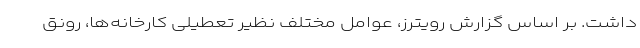
داشت. بر اساس گزارش رویترز، عوامل مختلف نظیر تعطیلی کارخانه‌ها، رونق